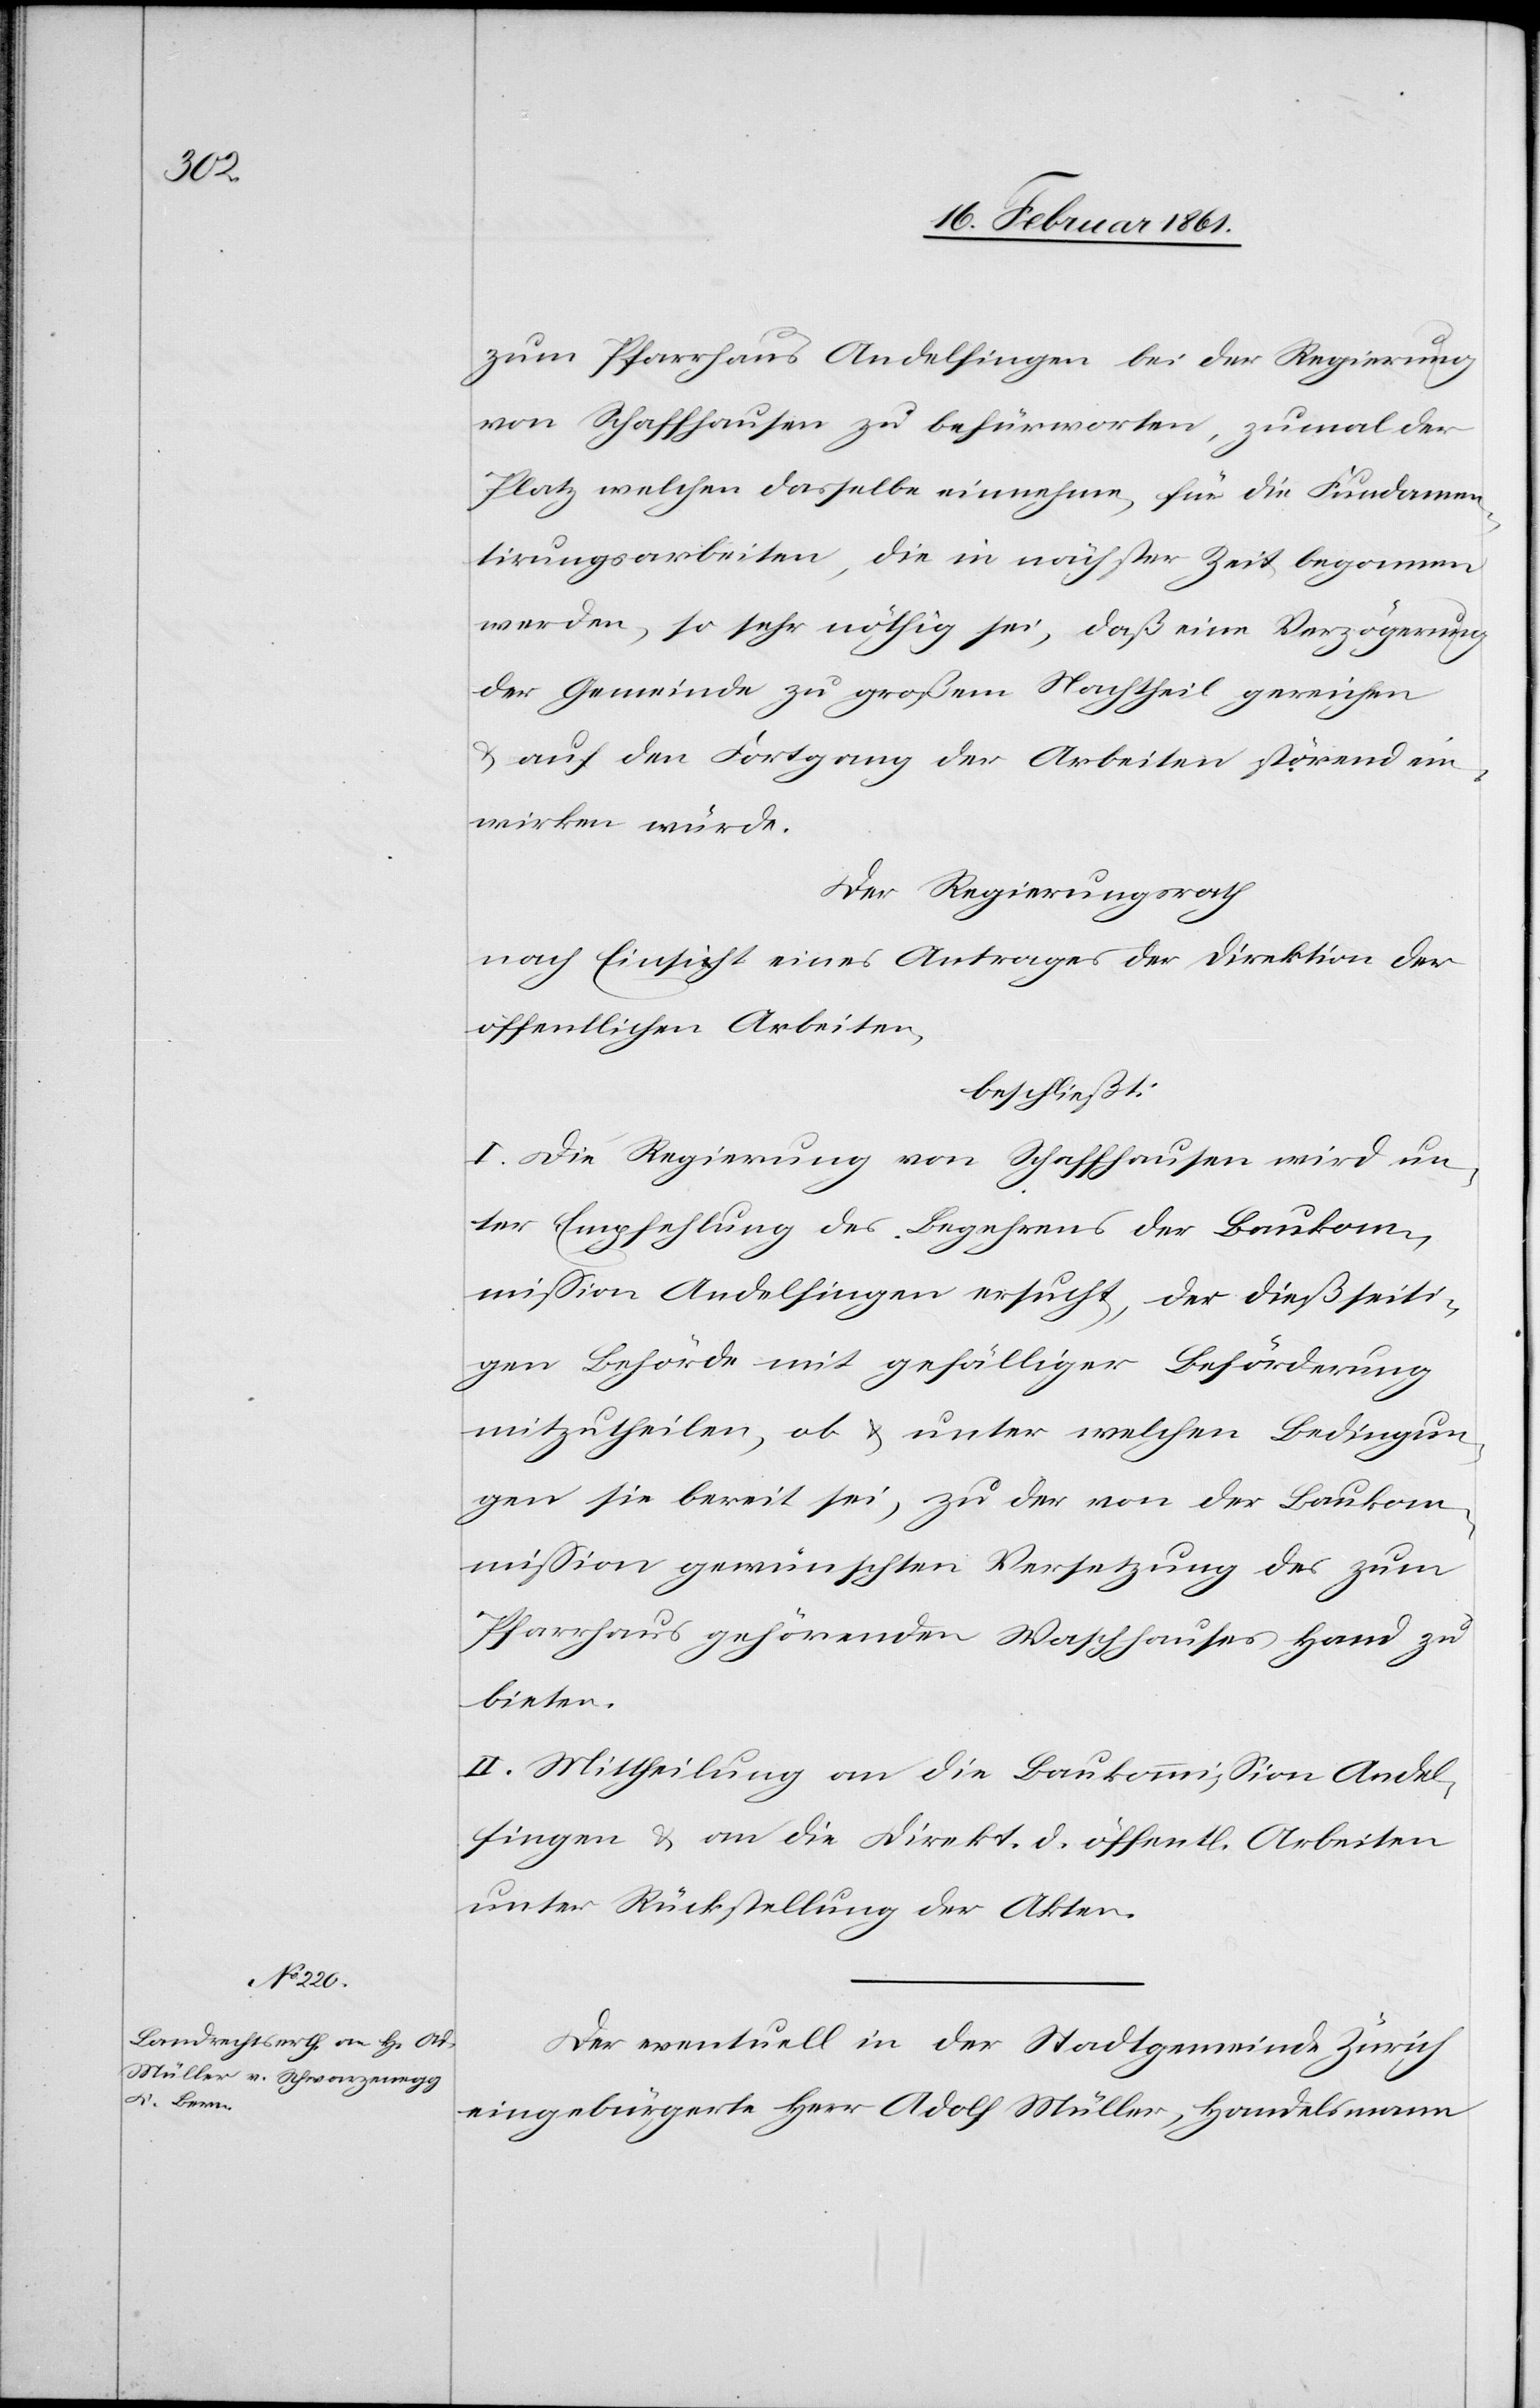
zum Pfarrhaus Andelfingen bei der Regierung
von Schaffhausen zu befürworten, zumal der
Platz welchen dasselbe einnehme, für die Fundamen¬
tirungsarbeiten, die in nächster Zeit begonnen
werden, so sehr nöthig sei, daß eine Verzögerung
der Gemeinde zu großem Nachtheil gereichen
u. auf den Fortgang der Arbeiten störend ein¬
wirken würde.
Der Regierungsrath
nach Einsicht eines Antrages der Direktion der
öffentlichen Arbeiten,
beschließt:
I. Die Regierung von Schaffhausen wird un¬
ter Empfehlung des Begehrens der Baukom¬
mission Andelfingen ersucht, der dießseiti¬
gen Behörde mit gefälliger Beförderung
mitzutheilen, ob u. unter welchen Bedingun¬
gen sie bereit sei, zu der von der Baukom¬
mission gewünschten Versetzung des zum
Pfarrhaus gehörenden Waschhauses Hand zu
bieten.
II. Mittheilung an die Baukommission Andel¬
fingen u. an die Direkt. d. öffentl. Arbeiten
unter Rückstellung der Akten.
Der eventuell in der Stadtgemeinde Zürich
eingebürgerte Herr Adolf Müller, Handelsmann